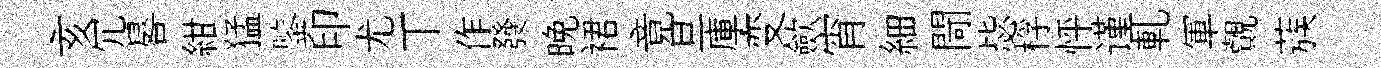
亥冗晷紺猛鍳印尤丅作發晩裙竟旦庫变歛宵細閜毖桴怦谨軋軍覿蔟